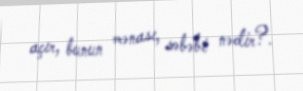
açır, bunun mənası, səbəbi nədir?.